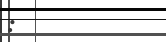
: